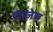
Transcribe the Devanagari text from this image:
गिज़ेल